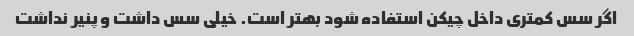
اگر سس کمتری داخل چیکن استفاده شود بهتر است. خیلی سس داشت و پنیر نداشت